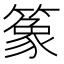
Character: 𫂤